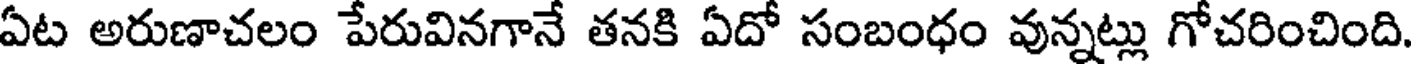
ఏట అరుణాచలం పేరువినగానే తనకి ఏదో సంబంధం వున్నట్లు గోచరించింది